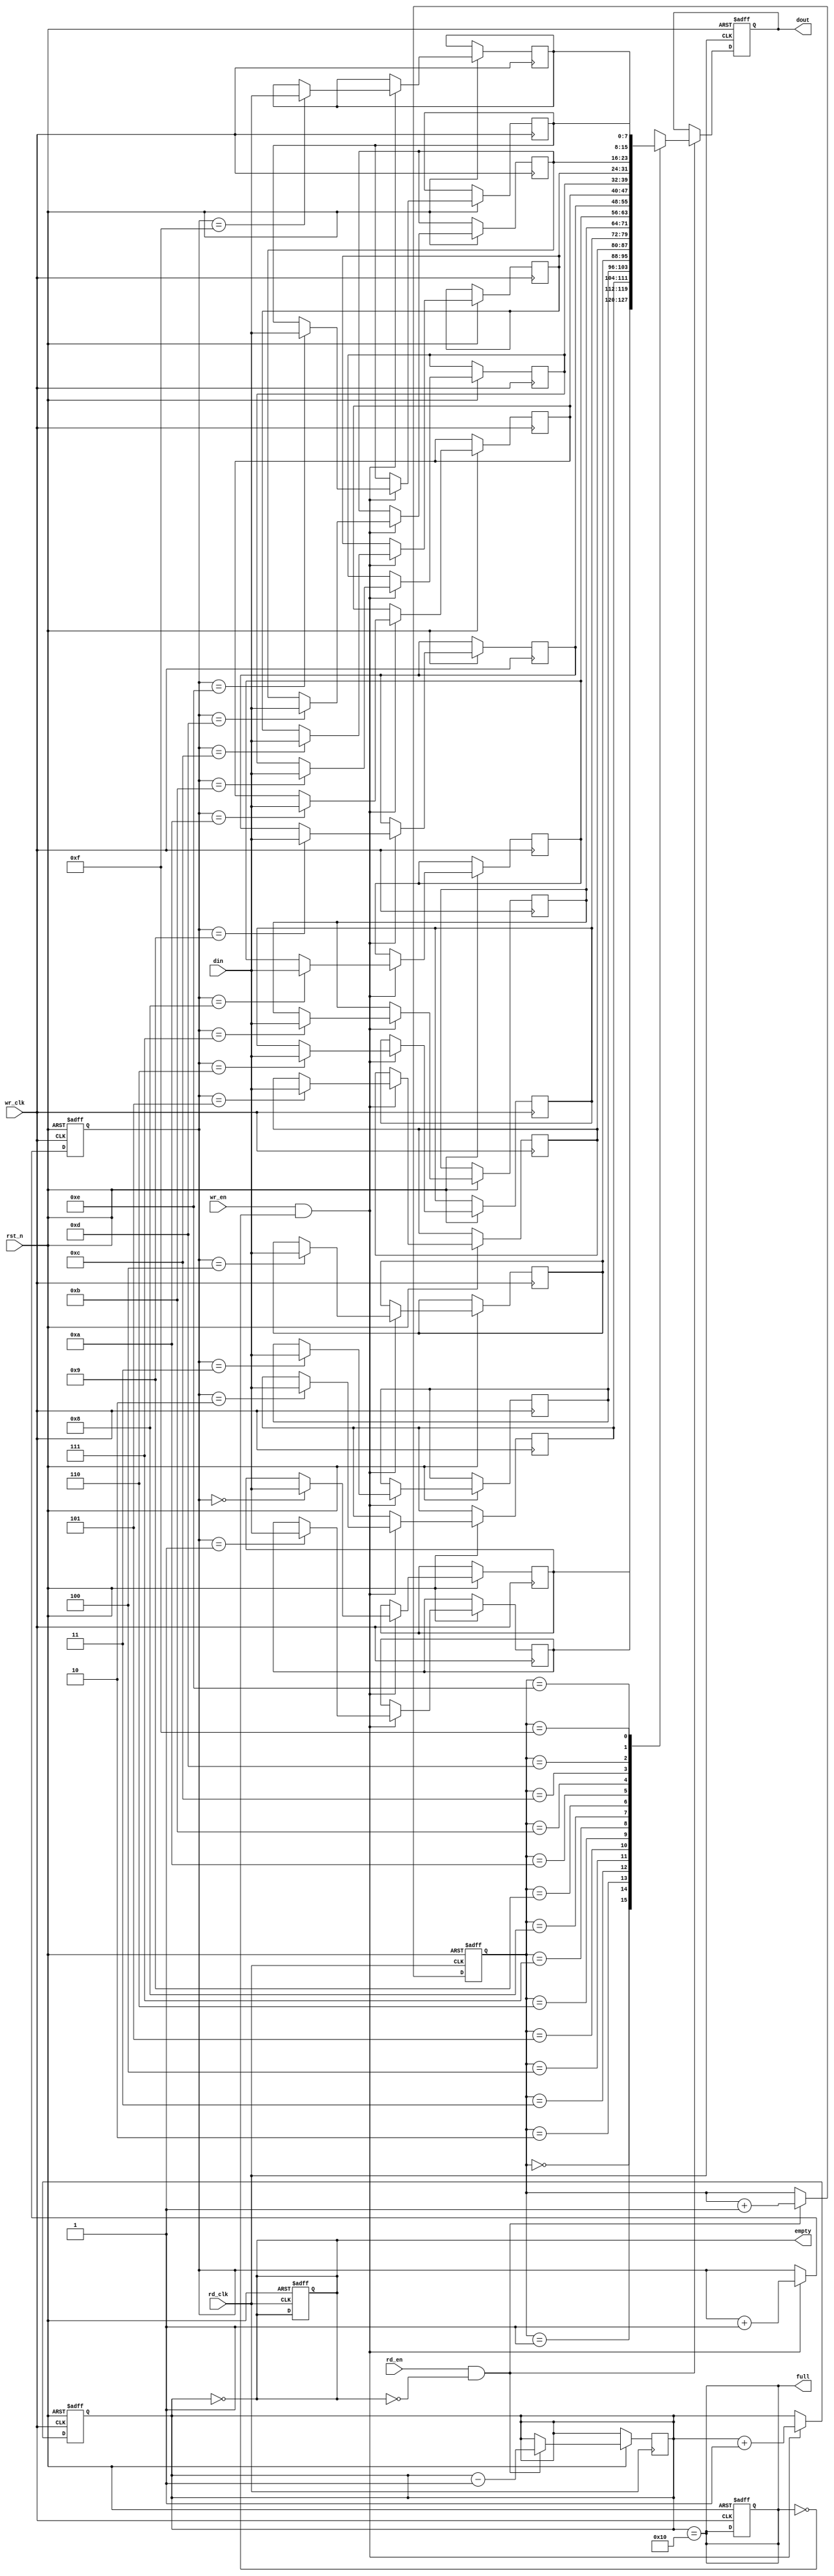
module async_fifo #(
    parameter DATA_WIDTH = 8,   // Width of the data
    parameter FIFO_DEPTH = 16    // Depth of the FIFO (must be a power of 2)
) (
    input wire wr_clk,           // Write clock
    input wire rd_clk,           // Read clock
    input wire rst_n,            // Asynchronous reset (active low)
    input wire wr_en,            // Write enable
    input wire rd_en,            // Read enable
    input wire [DATA_WIDTH-1:0] din, // Data input
    output reg [DATA_WIDTH-1:0] dout, // Data output
    output reg full,             // FIFO full flag
    output reg empty             // FIFO empty flag
);

    // Memory array for FIFO
    reg [DATA_WIDTH-1:0] fifo_mem [0:FIFO_DEPTH-1];

    // Write and read pointers
    reg [$clog2(FIFO_DEPTH)-1:0] wr_ptr;
    reg [$clog2(FIFO_DEPTH)-1:0] rd_ptr;
    reg [$clog2(FIFO_DEPTH):0] count; // Count of items in FIFO

    // Asynchronous reset and pointer management
    always @(posedge wr_clk or negedge rst_n) begin
        if (!rst_n) begin
            wr_ptr <= 0;
            count <= 0;
            full <= 0;
        end else if (wr_en && !full) begin
            fifo_mem[wr_ptr] <= din; // Write data
            wr_ptr <= wr_ptr + 1'b1;
            count <= count + 1'b1;
        end
    end

    always @(posedge rd_clk or negedge rst_n) begin
        if (!rst_n) begin
            rd_ptr <= 0;
            dout <= 0;
            empty <= 1;
        end else if (rd_en && !empty) begin
            dout <= fifo_mem[rd_ptr]; // Read data
            rd_ptr <= rd_ptr + 1'b1;
            count <= count - 1'b1;
        end
    end

    // Full and empty flag management
    always @(*) begin
        full = (count == FIFO_DEPTH);
        empty = (count == 0);
    end

endmodule